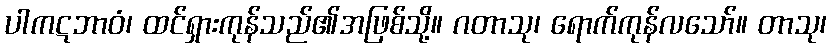
ပါကဋဘာဝံ၊ ထင်ရှားကုန်သည်၏အဖြစ်သို့။ ဂတာသု၊ ရောက်ကုန်လသော်။ တာသု၊